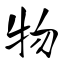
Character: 物